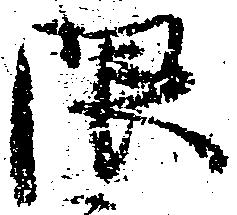
限